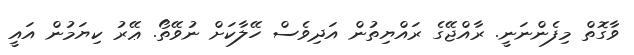
ވާގޮތް މިފެންނަނީ. ރާއްޖޭގެ ރައްޔިތުން އަދިވެސް ހޭލާކަށް ނުވޭތޯ. ޢޭރު ކިޔަމުން އައީ